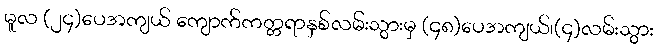
မူလ (၂၄)ပေအကျယ် ကျောက်ကတ္တရာနှစ်လမ်းသွားမှ (၄၈)ပေအကျယ်၊(၄)လမ်းသွား